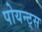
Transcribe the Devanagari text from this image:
पोयन्ट्‌स